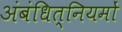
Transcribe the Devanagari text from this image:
अंबंधित्नियमों